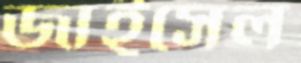
জাইসেল